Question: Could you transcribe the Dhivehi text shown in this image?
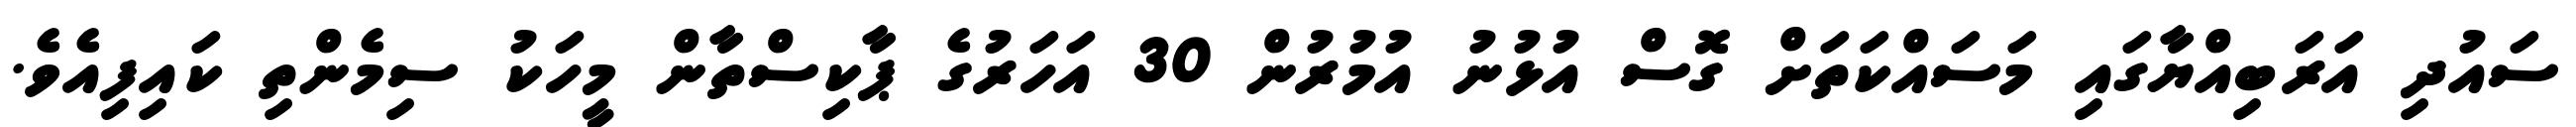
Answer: ސައުދި އަރަބިއްޔާގައި މަސައްކަތަށް ގޮސް އުޅުނު އުމުރުން 30 އަހަރުގެ ޕާކިސްތާން މީހަކު ސިމެންތި ކައިފިއެވެ.